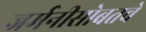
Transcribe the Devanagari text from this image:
जर्मनीसोबतचे